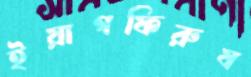
ইয়াগফিরুয